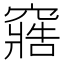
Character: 𮄔